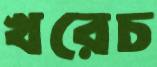
খরেচ